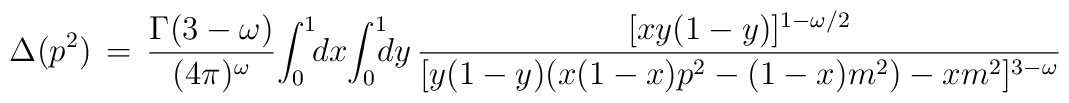
\Delta(p^2) \,=\, \frac{\Gamma(3-\omega)}{(4\pi)^\omega} \!\int_0^1 \! \! dx \! \int_0^1 \! \! \! dy \,\frac{[xy(1-y)]^{1-\omega/2}}{[ y(1-y)( x(1-x)p^2 - (1-x)m^2) -xm^2]^{3-\omega}}